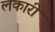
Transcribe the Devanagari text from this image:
लकारी